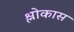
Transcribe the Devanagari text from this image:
श्लोकास